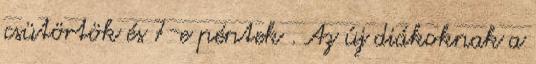
csütörtök és 7-e péntek . Az új diákoknak a